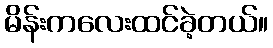
မိန်းကလေးထင်ခဲ့တယ်။